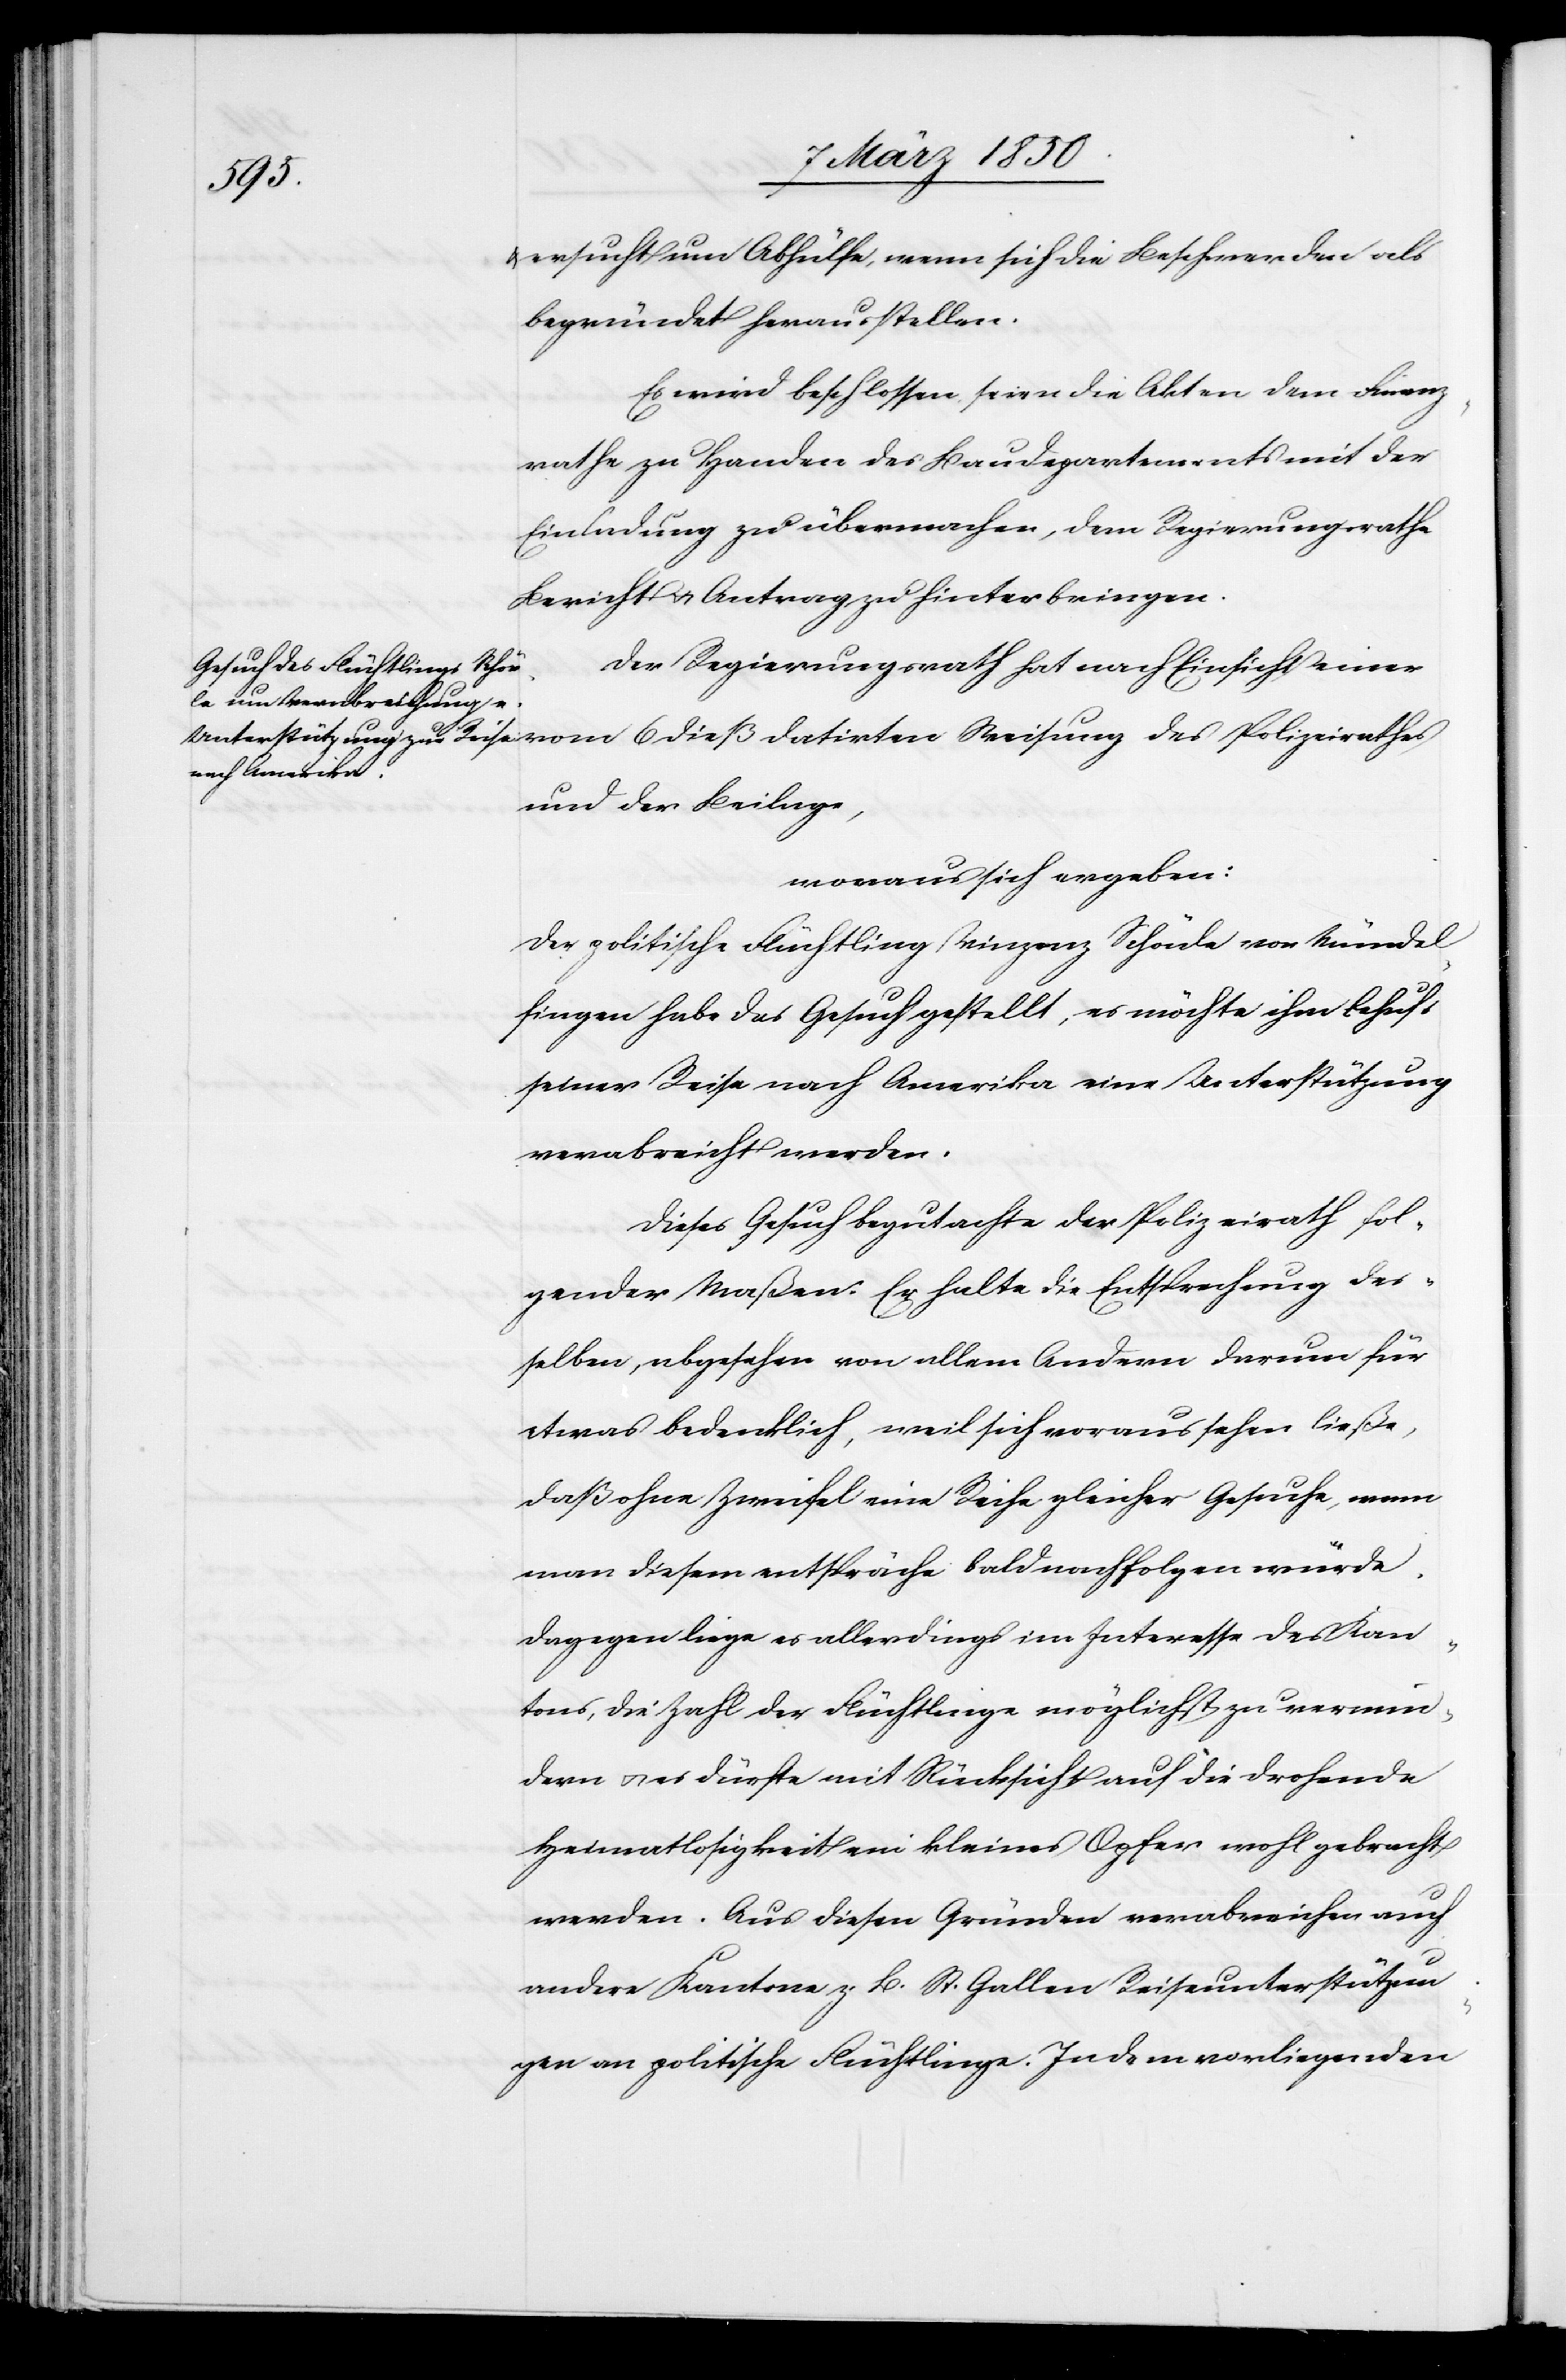
dieß
ersucht um Abhülfe, wenn sich die Beschwerden als
begründet herausstellen.
Es wird beschlossen, seien die Akten dem Finanz¬
rathe zu Handen des Baudepartements mit der
Einladung zu übermachen, dem Regierungsrathe
Bericht u. Antrag zu hinterbringen.
Der Regierungsrath hat nach Einsicht einer
datirten Weisung des
und der Beilage,
woraus sich ergeben:
Der politische Flüchtling Vinzenz Schönle von Mündel¬
fingen habe das Gesuch gestellt, es möchte ihm behufs
seiner Reise nach Amerika eine Unterstützung
verabreicht werden.
Dieses Gesuch begutachte der Polizeirath fol¬
gender Maßen: Er halte die Entsprechung des¬
selben, abgesehen von allem Andern darum für
etwas bedenklich, weil sich voraussehen ließe,
daß ohne Zweifel eine Reihe gleicher Gesuche, wenn
man diesem entspräche bald nachfolgen würde.
Dagegen liege es allerdings im Interesse des Kan¬
tons, die Zahl der Flüchtlinge möglichst zu vermin¬
dern u. es dürfte mit Rücksicht auf die drohende
Heimatlosigkeit ein kleines Opfer wohl gebracht
werden. Aus diesen Gründen verabreichen auch
andere Kantone z. B. St. Gallen Reiseunterstützun¬
gen an politische Flüchtlinge. In dem vorliegenden